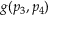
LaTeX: g ( p _ { 3 } , p _ { 4 } )